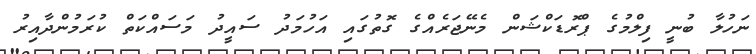
ނަހުލާ ބުނީ ފިލްމުގެ ޕްރޮޑަކްޝަން މެނޭޖަރެއްގެ ގޮތުގައި އަހުމަދު ސައީދު މަސައްކަތް ކުރަމުންދާއިރު